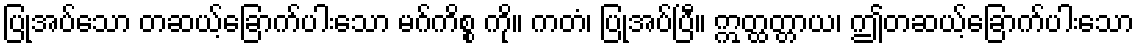
ပြုအပ်သော တဆယ့်ခြောက်ပါးသော မဂ်ကိစ္စ ကို။ ကတံ၊ ပြုအပ်ပြီ။ ဣတ္ထတ္တာယ၊ ဤတဆယ့်ခြောက်ပါးသော